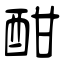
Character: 酣